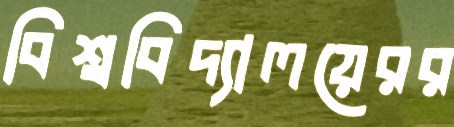
বিশ্ববিদ্যালয়েরর